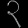
Digit: ၃